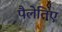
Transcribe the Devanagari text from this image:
पैलेतिए